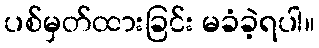
ပစ်မှတ်ထားခြင်း မခံခဲ့ရပါ။